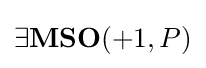
\exists \mathbf {MSO} (+1,P)